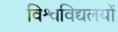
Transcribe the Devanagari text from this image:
विश्वविद्यलयों